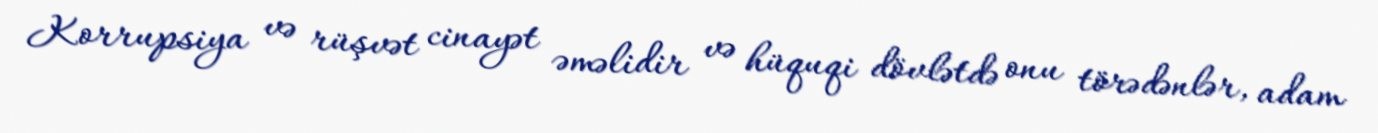
Korrupsiya və rüşvət cinayət əməlidir və hüquqi dövlətdə onu törədənlər, adam